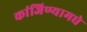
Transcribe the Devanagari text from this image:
कांजिण्यामधे